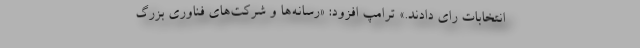
انتخابات رای دادند.» ترامپ افزود: «رسانه‌ها و شرکت‌های فناوری بزرگ